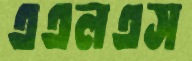
এএলএস